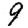
Digit: 9